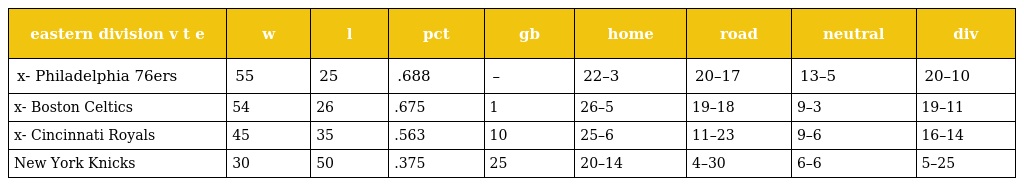
| eastern division v t e | w | l | pct | gb | home | road | neutral | div |
 | --- | --- | --- | --- | --- | --- | --- | --- | --- |
 | x- Philadelphia 76ers | 55 | 25 | .688 | – | 22–3 | 20–17 | 13–5 | 20–10 |
 | x- Boston Celtics | 54 | 26 | .675 | 1 | 26–5 | 19–18 | 9–3 | 19–11 |
 | x- Cincinnati Royals | 45 | 35 | .563 | 10 | 25–6 | 11–23 | 9–6 | 16–14 |
 | New York Knicks | 30 | 50 | .375 | 25 | 20–14 | 4–30 | 6–6 | 5–25 |